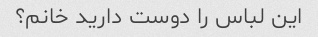
این لباس را دوست دارید خانم؟